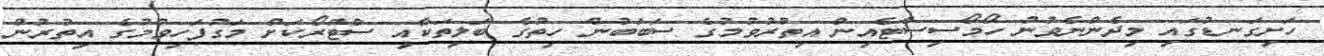
ހަށިގަނޑުގައި މިދެންނެވުނު ހޯމޯސިސްޓެއިން އިތުރުވުމުގެ ސަބަބުން ހިތުގެ ބަލިތަކާއި ސްޓްރޯކަށް މަގުފަހިވުމުގެ އިތުރުން